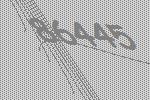
86445